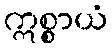
ဣစ္စာယံ